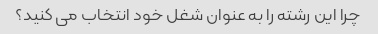
چرا این رشته را به عنوان شغل خود انتخاب می کنید؟